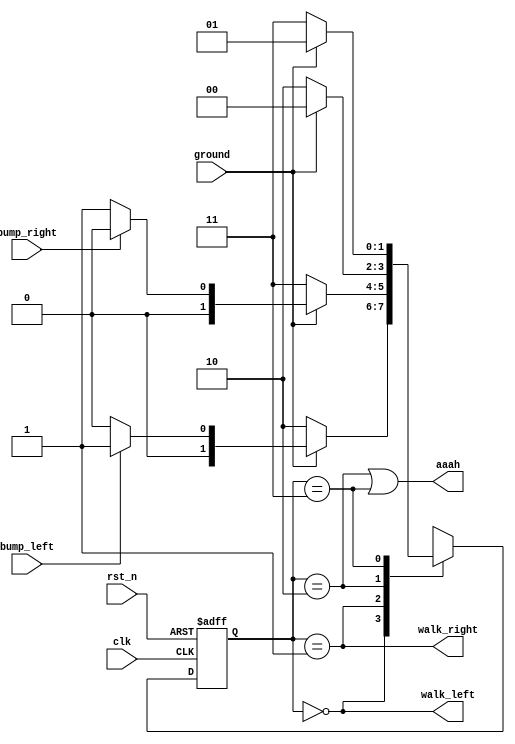
module Lemmings2(clk, rst_n, bump_left, bump_right, ground, walk_left, walk_right, aaah);
  input clk;
  input rst_n;
  input bump_left;
  input bump_right;
  input ground;
  output walk_left;
  output walk_right;
  output aaah;
  
  localparam WALK_LEFT = 2'b00,
            WALK_RIGHT = 2'b01,
             FALL_LEFT = 2'b10,
            FALL_RIGHT = 2'b11;
            
  reg [1:0] present_state, next_state;
  
  always @(posedge clk or negedge rst_n) begin
    if(!rst_n) present_state <= WALK_LEFT;
    else       present_state <= next_state;
  end
  
  always @(*) begin
    case(present_state)
      WALK_LEFT:
          if(ground == 0) next_state = FALL_LEFT;
          else            next_state = (bump_left) ? WALK_RIGHT : WALK_LEFT;
      WALK_RIGHT:
          if(ground == 0) next_state = FALL_RIGHT;
          else            next_state = (bump_right) ? WALK_LEFT : WALK_RIGHT;
      FALL_LEFT:
          if(ground == 1) next_state = WALK_LEFT;
          else            next_state = FALL_LEFT;
      FALL_RIGHT:
          if(ground == 1) next_state = WALK_RIGHT;
          else            next_state = FALL_RIGHT;
      default:
          next_state = WALK_LEFT;
    endcase
  end
  
  assign walk_left = (present_state == WALK_LEFT);
  assign walk_right = (present_state == WALK_RIGHT);
  assign aaah = (present_state == FALL_LEFT) || (present_state == FALL_RIGHT);
endmodule